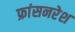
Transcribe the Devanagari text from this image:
फ्रांसनरेश